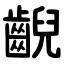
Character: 齯